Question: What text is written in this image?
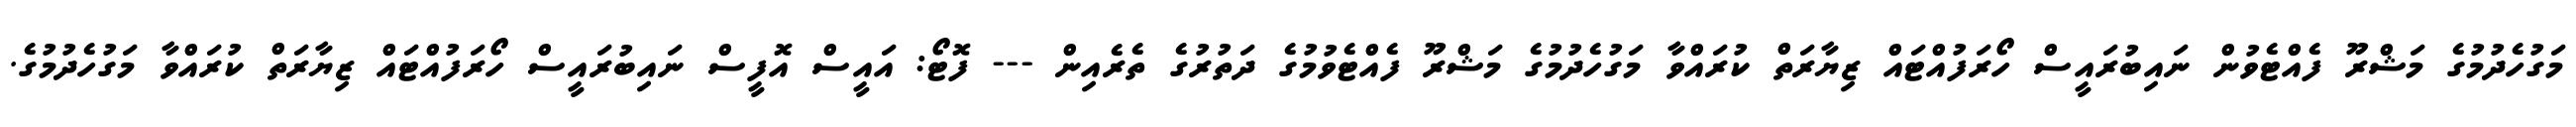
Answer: މަގުހެދުމުގެ މަޝްރޫ ފެއްޓެވުން ނައިބުރައީސް ހޯރަފުއްޓައް ޒިޔާރަތް ކުރައްވާ މަގުހެދުމުގެ މަޝްރޫ ފެއްޓެވުމުގެ ދަތުރުގެ ތެރެއިން --- ފޮޓޯ: އައީސް އޮފީސް ނައިބުރައީސް ހޯރަފުއްޓައް ޒިޔާރަތް ކުރައްވާ މަގުހެދުމުގެ.